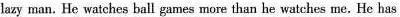
lazy man. He watches ball games more than he watches me. He has